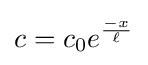
c=c_{0}e^{\frac {-x}{\ell }}